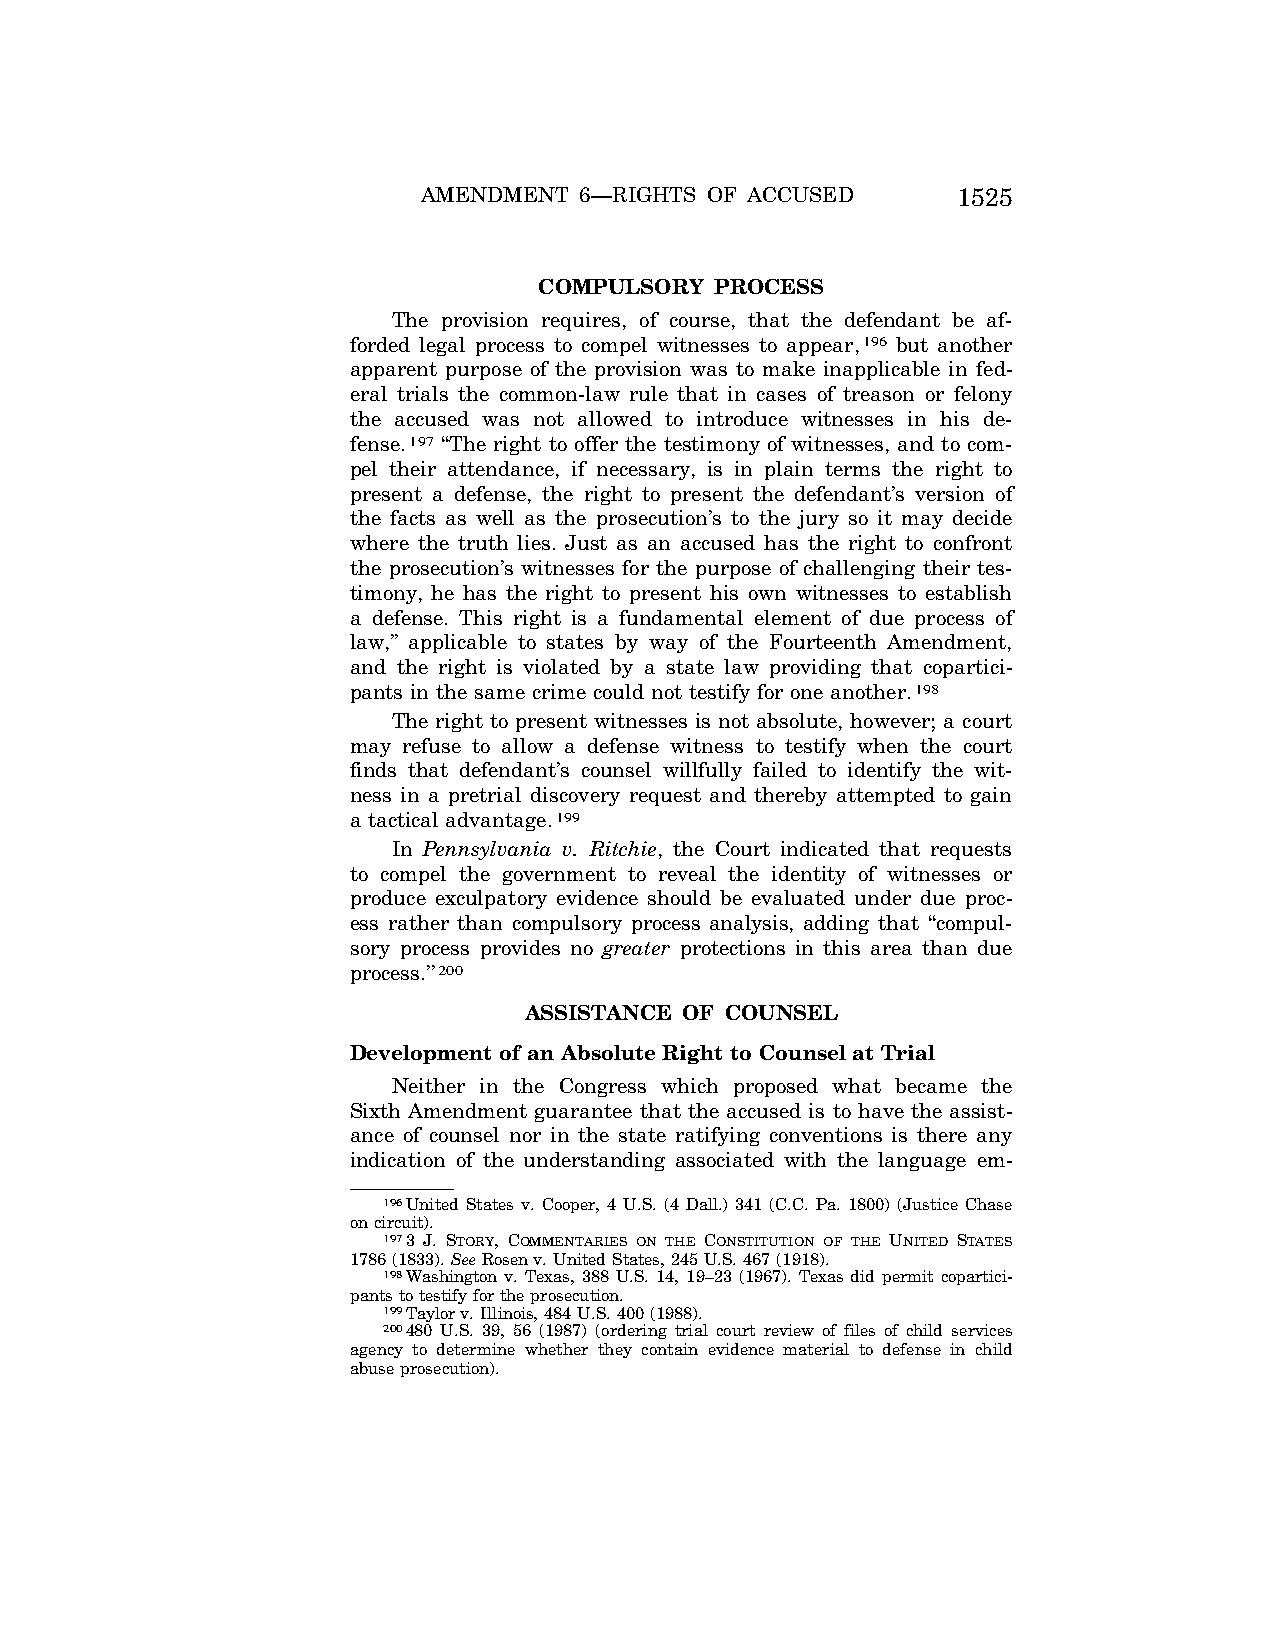
AMENDMENT 6—RIGHTS OF ACCUSED      1525
 COMPULSORY PROCESS
 The provision requires, of course, that the defendant be af-
 forded legal process to compel witnesses to appear,196 but another
 apparent purpose of the provision was to make inapplicable in fed-
 eral trials the common-law rule that in cases of treason or felony
 the accused was not allowed to introduce witnesses in his de-
 fense.197 ‘‘The right to offer the testimony of witnesses, and to com-
 pel their attendance, if necessary, is in plain terms the right to
 present a defense, the right to present the defendant’s version of
 the facts as well as the prosecution’s to the jury so it may decide
 where the truth lies. Just as an accused has the right to confront
 the prosecution’s witnesses for the purpose of challenging their tes-
 timony, he has the right to present his own witnesses to establish
 a defense. This right is a fundamental element of due process of
 law,’’ applicable to states by way of the Fourteenth Amendment,
 and the right is violated by a state law providing that copartici-
 pants in the same crime could not testify for one another.198
 The right to present witnesses is not absolute, however; a court
 may refuse to allow a defense witness to testify when the court
 finds that defendant’s counsel willfully failed to identify the wit-
 ness in a pretrial discovery request and thereby attempted to gain
 a tactical advantage.199
 In Pennsylvania v. Ritchie, the Court indicated that requests
 to compel the government to reveal the identity of witnesses or
 produce exculpatory evidence should be evaluated under due proc-
 ess rather than compulsory process analysis, adding that ‘‘compul-
 sory process provides no greater protections in this area than due
 process.’’200
 ASSISTANCE OF COUNSEL
 Development of an Absolute Right to Counsel at Trial
 Neither in the Congress which proposed what became the
 Sixth Amendment guarantee that the accused is to have the assist-
 ance of counsel nor in the state ratifying conventions is there any
 indication of the understanding associated with the language em-
 196United States v. Cooper, 4 U.S. (4 Dall.) 341 (C.C. Pa. 1800) (Justice Chase
 on circuit).
 1973 J. STORY, COMMENTARIES ON THE CONSTITUTION OF THE UNITED STATES
 1786 (1833). SeeRosen v. United States, 245 U.S. 467 (1918).
 198Washington v. Texas, 388 U.S. 14, 19–23 (1967). Texas did permit copartici-
 pants to testify for the prosecution.
 199Taylor v. Illinois, 484 U.S. 400 (1988).
 200480 U.S. 39, 56 (1987) (ordering trial court review of files of child services
 agency to determine whether they contain evidence material to defense in child
 abuse prosecution).
 VerDate Apr<15>2004 10:27 Jun 25, 2004 Jkt 077500 PO 00000 Frm 00033 Fmt 8222 Sfmt 8222 C:\CONAN\CON032.SGM PRFM99 PsN: CON032